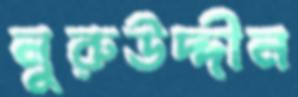
নুরুউদ্দীন